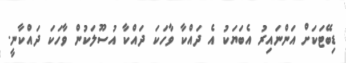
ޑިބޭޓަކަށް އަންނައިރު އެބަޔަކު އެ ދައްކާ ވާހަކަ ދައްކާ އުސޫލަކުން ވާހަކަ ދައްކާނީ.